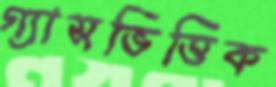
গ্যাসভিত্তিক